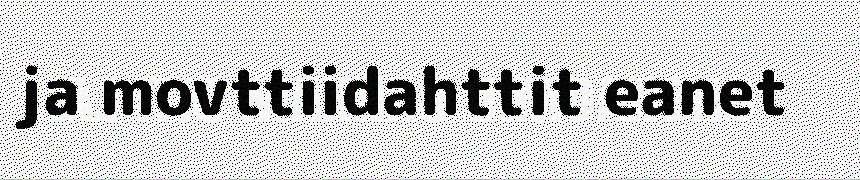
ja movttiidahttit eanet